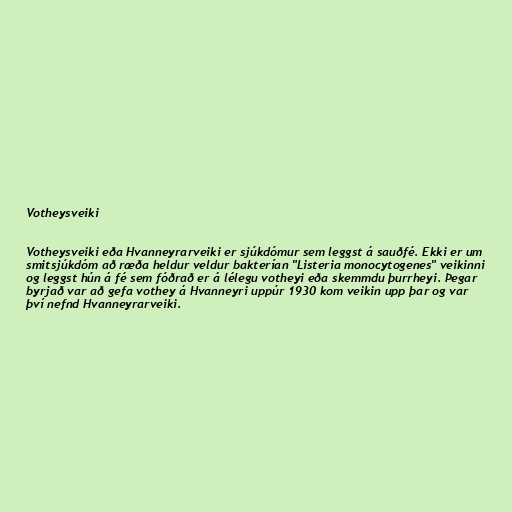
Votheysveiki

Votheysveiki eða Hvanneyrarveiki er sjúkdómur sem leggst á sauðfé. Ekki er um
smitsjúkdóm að ræða heldur veldur bakterían "Listeria monocytogenes" veikinni
og leggst hún á fé sem fóðrað er á lélegu votheyi eða skemmdu þurrheyi. Þegar
byrjað var að gefa vothey á Hvanneyri uppúr 1930 kom veikin upp þar og var
því nefnd Hvanneyrarveiki.